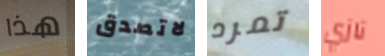
هذا لاتصدق تمرد نازي